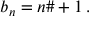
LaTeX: b _ { n } = n \# + 1 \, .